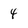
Character: 4